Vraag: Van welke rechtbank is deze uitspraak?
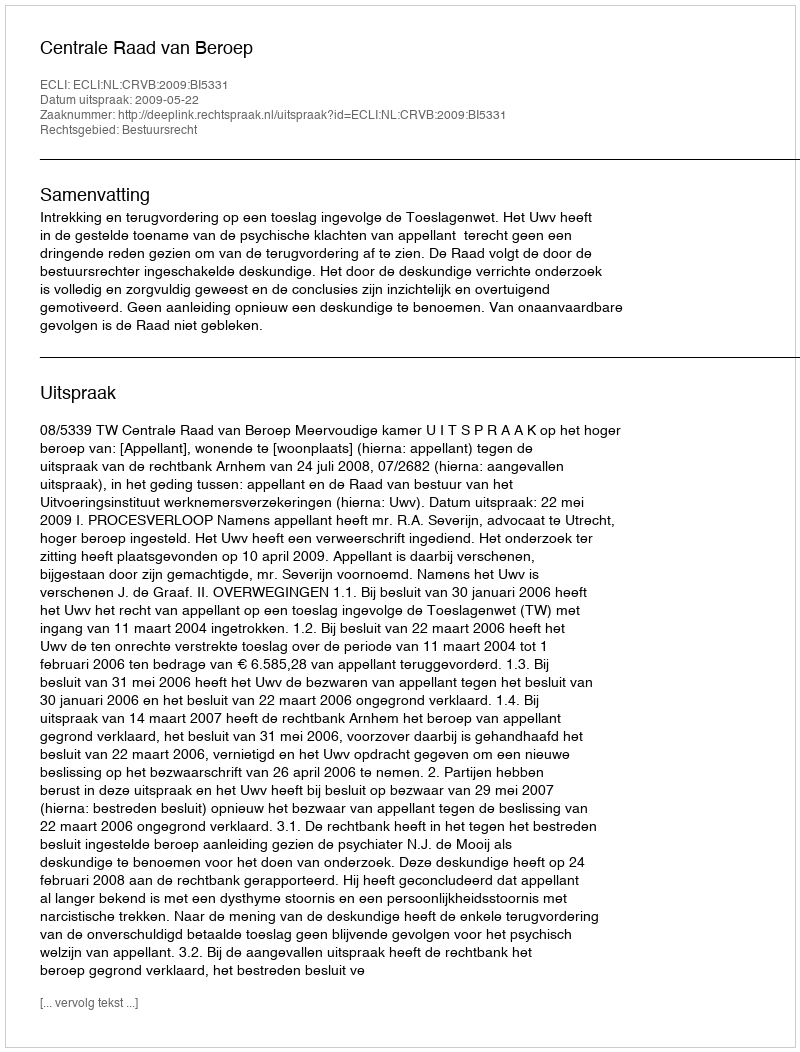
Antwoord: Centrale Raad van Beroep